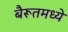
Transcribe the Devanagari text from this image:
बैरूतमध्ये